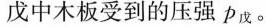
戊中木板受到的压强p_{戊}。